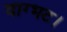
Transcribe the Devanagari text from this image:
वाग्भट।